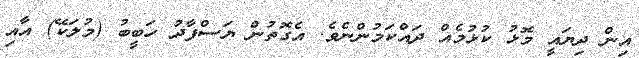
އިން ދިޔައީ މޮޅު ކުޅުމެއް ދައްކަމުންނެވެ. އެގޮތުން ޔަސްފާދު ހަބީބު (މުލަކޭ) އާއި